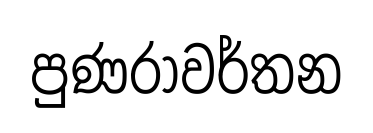
පුණරාවර්තන